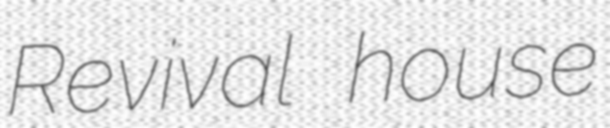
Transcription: Revival house